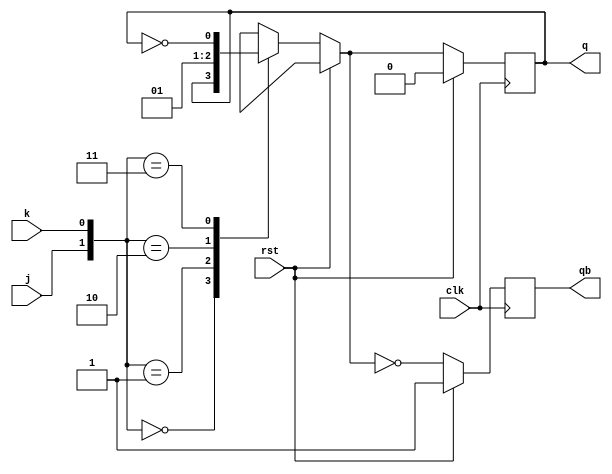
`timescale 1ns / 1ps
//////////////////////////////////////////////////////////////////////////////////
// Company: 
// Engineer: 
// 
// Design Name: 
// Module Name:    jk_ff 
// Project Name: 
// Target Devices: 
// Tool versions: 
// Description: 
//
// Dependencies: 
//
// Revision: 
// Revision 0.01 - File Created
// Additional Comments: 
//
//////////////////////////////////////////////////////////////////////////////////
module jk_ff(j,k,rst,clk,q,qb);

input j,k,rst,clk;
output reg q=1'b0;
output reg qb=1'b1;

always @ (posedge clk)
 begin
if(rst)
  begin
  q=1'b0;qb=~q;
  end
else
   begin
case({j,k})
  2'd0:q=q;
  2'd1:q=1'b0;
  2'd2:q=1'b1;
  2'd3:q=~q;
  endcase
  qb=~q;
   end
 end
endmodule